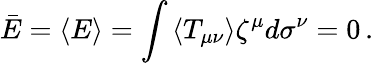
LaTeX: \bar{E}=\left\langle E\right\rangle=\int\left\langle T_{\mu\nu}\right\rangle\zeta^{\mu}d\sigma^{\nu}=0\, .